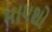
માપશો